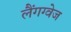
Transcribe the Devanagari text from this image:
लैंगग्वेज